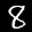
Label: 8